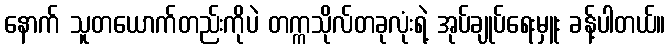
နောက် သူတယောက်တည်းကိုပဲ တက္ကသိုလ်တခုလုံးရဲ့ အုပ်ချုပ်ရေးမှူး ခန့်ပါတယ်။